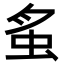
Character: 𧉏